Statistical return of the lunatic asylum in Assam - 1912-1932
Year: 1912
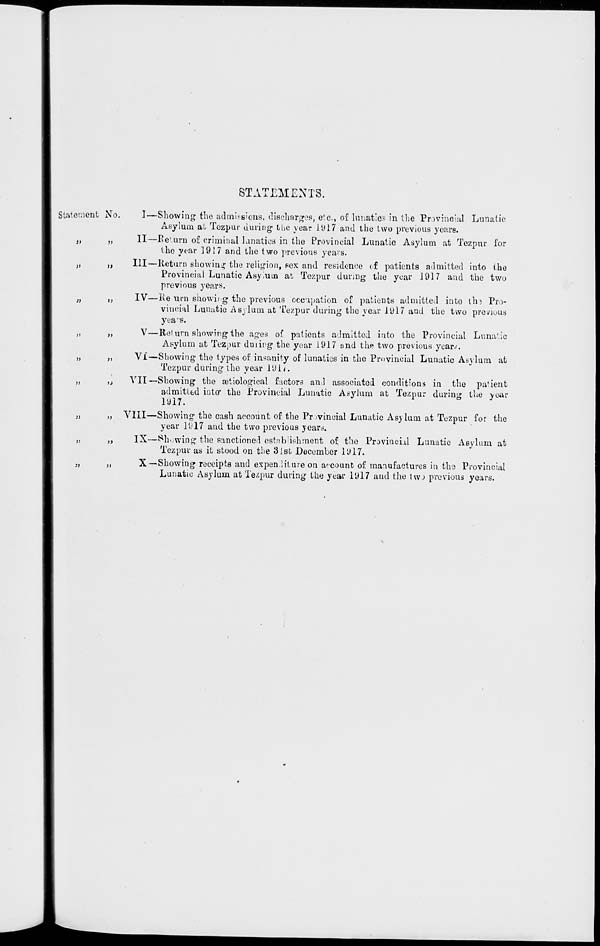
STATEMENTS.
Statement No.
>>
»
>}
>)
a
»
>)
>>
I—Showing the admissions, discharges, etc., of lunatic- in the Provincial Lunatic
Asylum al Tezpur during the year 11)17 and the two previous years.
II—Return of criminal lanatics in the Provincial Lunatic Asylum at Tezpur for
the year 1917 and the two previous years.
Ill—Return showing 1 the religion, sex and residence of patients admitted into the
Provincial Lunatic Asylum at Tezpur during the year 1917 avid the two
previous years.
IV—Re urn showing the previous occupation of patients admitted into lh:> Pro-
vincial Lunatic Asylum at Tezpur during the year lyl7 and the two previous
years.
V—Return showing the ages of patients admitted iuto the Provincial Lunatic
Asylum at Tezpur duiing the year 1917 and the two previous yoaiv.
Vi—Showing the types of insanity of lunatics in the Provincial Lunatic Asylum at
Tezpur during the year 191/.
VII—Showing the seiiological factors an.l associated conditions in the patient
admitted into - the Provincial Lunatic Asylum at Tezpur during the year
1917.
VIII—Showing the cash account of the Provincial Lunatic Asylum at Tezpur for the
year 1917 and the two previous years.
IX—Showing the sanctioned establishment of the Provincial Lunatic Asylum at
Tezpur as it stood on the 31st December 1917.
X—-Showing receipts and expenditure on account of manufactures in the Provincial
Lunatic Asylum at Tezpur during the year 1917 and the twJ previous years.